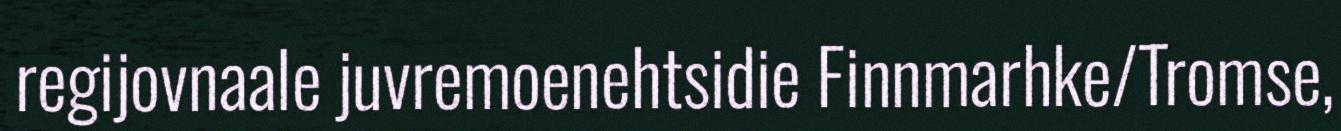
regijovnaale juvremoenehtsidie Finnmarhke/Tromse,